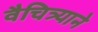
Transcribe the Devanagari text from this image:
वैचित्र्याने